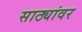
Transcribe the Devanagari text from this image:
साठ्यांवर